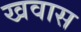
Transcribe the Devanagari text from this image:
खवास